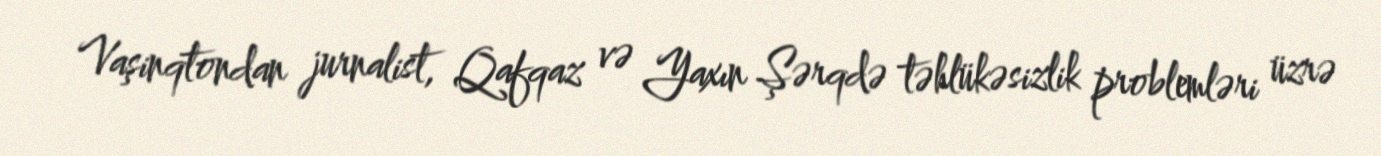
Vaşinqtondan jurnalist, Qafqaz və Yaxın Şərqdə təhlükəsizlik problemləri üzrə